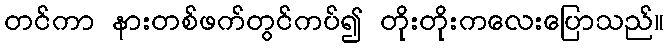
တင်ကာ နားတစ်ဖက်တွင်ကပ်၍ တိုးတိုးကလေးပြောသည်။